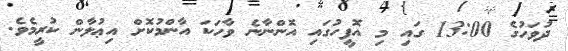
ދުވަހުގެ 13:00 ގައި މި އޮފީހުގައި އޮންނާނެ ވާހަކަ އާންމުކޮށް އިޢުލާން ކުރީމެވެ.